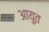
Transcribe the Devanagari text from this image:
आयुत